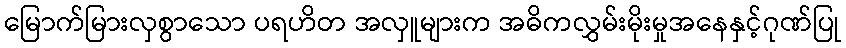
မြောက်မြားလှစွာသော ပရဟိတ အလှူများက အဓိကလွှမ်းမိုးမှုအနေနှင့်ဂုဏ်ပြု